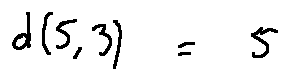
d ( 5 , 3 ) = 5